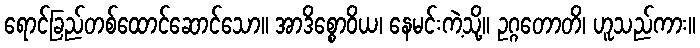
ရောင်ခြည်တစ်ထောင်ဆောင်သော။ အာဒိစ္စောဝိယ၊ နေမင်းကဲ့သို့။ ဥဂ္ဂတောတိ၊ ဟူသည်ကား။